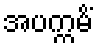
အပက္ကမိံ